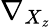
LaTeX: \nabla_{X_{z}}